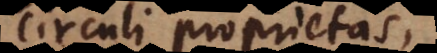
circuli proprietas,